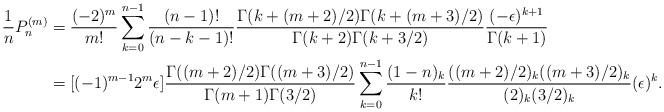
LaTeX: \begin{align*}\frac{1}{n}P_n^{(m)} &= \frac{(-2)^m}{m!}\sum_{k=0}^{n-1}\frac{(n-1)!}{(n-k-1)!}\frac{\Gamma(k+(m+2)/2)\Gamma(k+(m+3)/2)}{\Gamma(k+2)\Gamma(k+3/2)} \frac{(-\epsilon)^{k+1}}{\Gamma(k+1)}\\& = [(-1)^{m-1}2^m\epsilon]\frac{\Gamma((m+2)/2)\Gamma((m+3)/2)}{\Gamma(m+1)\Gamma(3/2)}\sum_{k=0}^{n-1}\frac{(1-n)_k}{k!}\frac{((m+2)/2)_k((m+3)/2)_k}{(2)_k(3/2)_k} (\epsilon)^{k}.\end{align*}